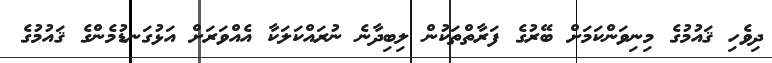
ދިވެހި ޤައުމުގެ މިނިވަންކަމަށް ބޭރުގެ ފަރާތްތަކުން ލިބިދާނެ ނުރައްކަލަކާ އެއްވަރަށް އަޅުގަނޑުމެންގެ ޤައުމުގެ